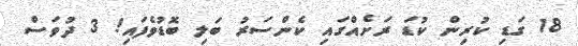
18 ގަޑި ކުރިން ކުޑަ ރަށެއްގައި ކެންސަރު ބަލި ބޮޑުވެފައި! 3 ދުވަސް